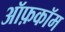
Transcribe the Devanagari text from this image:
ऑफ़कॉम